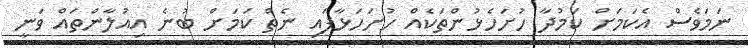
ނަމަވެސް އެކަމަށް ކަމުދާ ހުށަހެޅުންތަކެއް ހުށަހަޅާފައި ނެތް ކަމަށް ބުނެ އިއުލާންތައް ވަނީ